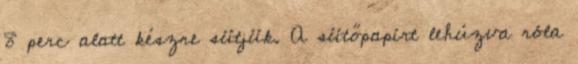
8 perc alatt készre sütjük. A sütőpapírt lehúzva róla